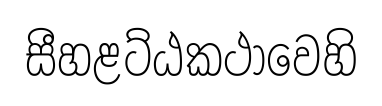
සීහළට්ඨකථාවෙහි